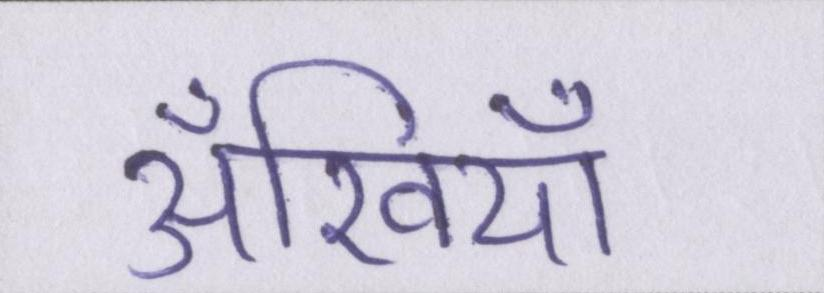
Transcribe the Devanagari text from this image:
अँखियाँ